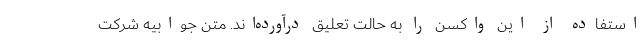
استفاده از این واکسن را به حالت تعلیق درآورده‌اند. متن جوابیه شرکت